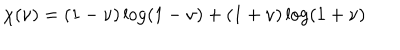
LaTeX: \chi ( \nu ) = ( 1 - \nu ) \log ( { 1 - \nu } ) + ( 1 + \nu ) \log ( { 1 + \nu } )